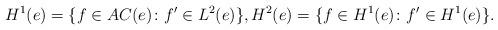
LaTeX: \begin{align*}H^1(e) = \{f\in AC(e)\colon f'\in L^2(e)\},H^2(e) = \{f\in H^1(e)\colon f'\in H^1(e)\}.\end{align*}